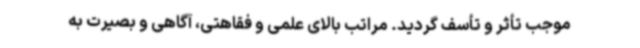
موجب تأثر و تأسف گردید. مراتب بالای علمی و فقاهتی، آگاهی و بصیرت به